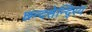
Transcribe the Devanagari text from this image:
छन्दसेन्दि्रय